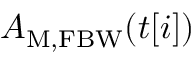
A _ { \mathrm { M , F B W } } ( t [ i ] )